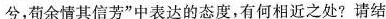
兮，苟余情其信芳”中表达的态度，有何相近之处?请结